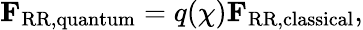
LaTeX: \mathbf{F}_{\mathrm{RR,quantum}}=q(\chi)\mathbf{F}_{\mathrm{RR,classical}},